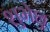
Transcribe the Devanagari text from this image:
शुभेछु